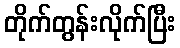
တိုက်တွန်းလိုက်ပြီး